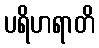
ပရိဟရာတိ